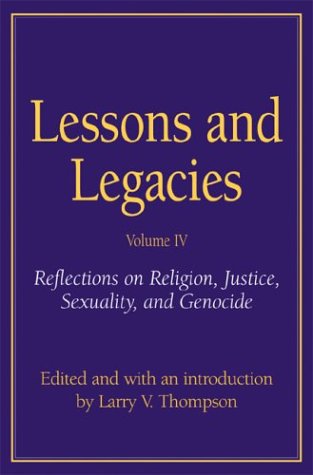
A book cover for Lessons and Legacies IV: Reflections on Religion, Justice, Sexuality, and Genocide; Religion & Spirituality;